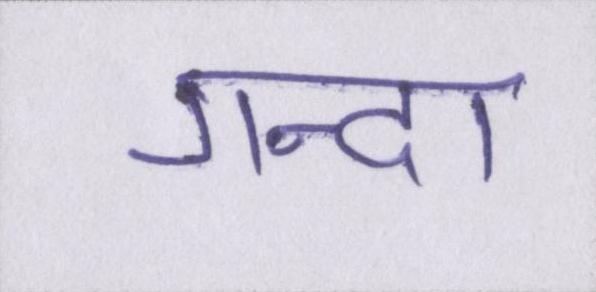
गन्दा